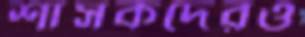
শাসকদেরও